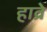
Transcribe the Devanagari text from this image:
हाव्रे